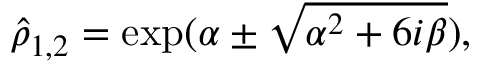
\hat { \rho } _ { 1 , 2 } = \exp ( \alpha \pm \sqrt { \alpha ^ { 2 } + 6 i \beta } ) ,